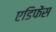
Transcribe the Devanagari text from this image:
एडिफेंस